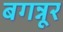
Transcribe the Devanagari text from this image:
बगन्नूर